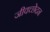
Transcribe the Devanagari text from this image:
जीवच्छेदन